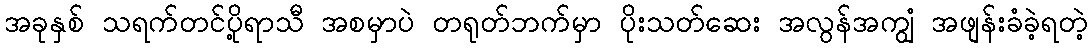
အခုနှစ် သရက်တင်ပို့ရာသီ အစမှာပဲ တရုတ်ဘက်မှာ ပိုးသတ်ဆေး အလွန်အကျွံ အဖျန်းခံခဲ့ရတဲ့